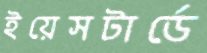
ইয়েসটার্ডে